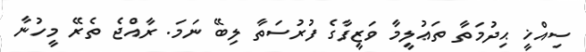
ސިއްޚީ ޙިދުމަތާ ތަޢުލީމާ ވަޒީފާގެ ފުރުސަތާ ލިބޭ ނަމަ. ރާއްޖެ ތެރޭ މީހުނާ